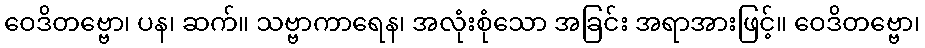
ဝေဒိတဗ္ဗော၊ ပန၊ ဆက်။ သဗ္ဗာကာရေန၊ အလုံးစုံသော အခြင်း အရာအားဖြင့်။ ဝေဒိတဗ္ဗော၊